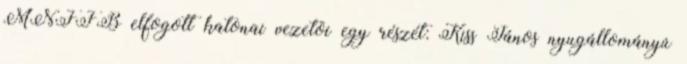
MNFFB elfogott katonai vezetõi egy részét: Kiss János nyugállományú